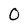
Character: 0